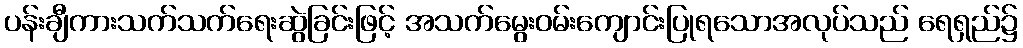
ပန်းချီကားသက်သက်ရေးဆွဲခြင်းဖြင့် အသက်မွေးဝမ်းကျောင်းပြုရသောအလုပ်သည် ရေရှည်၌